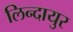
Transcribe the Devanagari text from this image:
लिन्दायुर